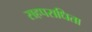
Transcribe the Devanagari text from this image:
सहपराधिता